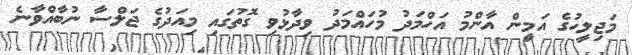
މަޖިލީހުގެ އަމީން އާންމު އަހްމަދު މުހައްމަދު ވިދާޅުވި ގޮތުގައި މިއަދުގެ ޖަލްސާ ނުބާއްވާނެ